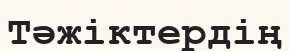
Тәжіктердің